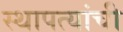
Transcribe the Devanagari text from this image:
स्थापत्यांची